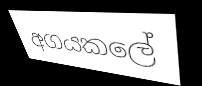
අගයකලේ